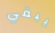
يبقي